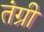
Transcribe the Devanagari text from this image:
तंग्री